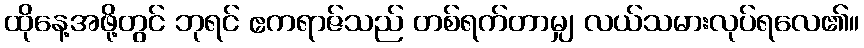
ထိုနေ့အဖို့တွင် ဘုရင် ဧကရာဇ်သည် တစ်ရက်တာမျှ လယ်သမားလုပ်ရလေ၏။